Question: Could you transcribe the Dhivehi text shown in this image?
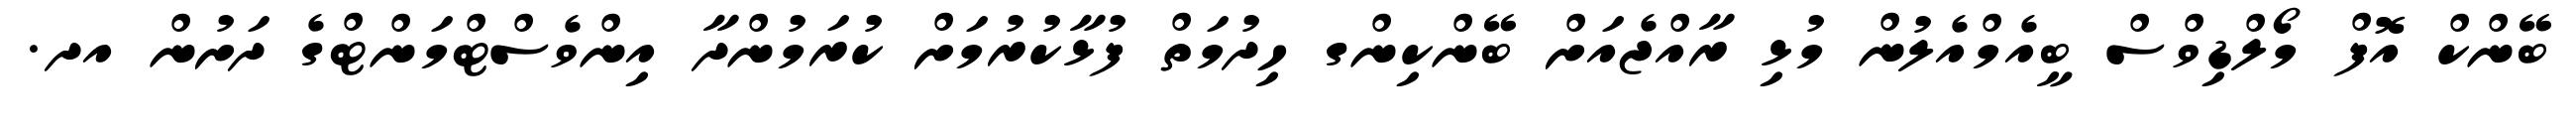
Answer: ބޭންކް އޮފް މޯލްޑިވްސް ބީއެމްއެލުން މުޅި ރާއްޖެއަށް ބޭންކިންގ ހިދުމަތް ފުޅާކުރުމަށް ކުރަމުންދާ އިންވެސްޓްމަންޓްގެ ދަށުން އދ.